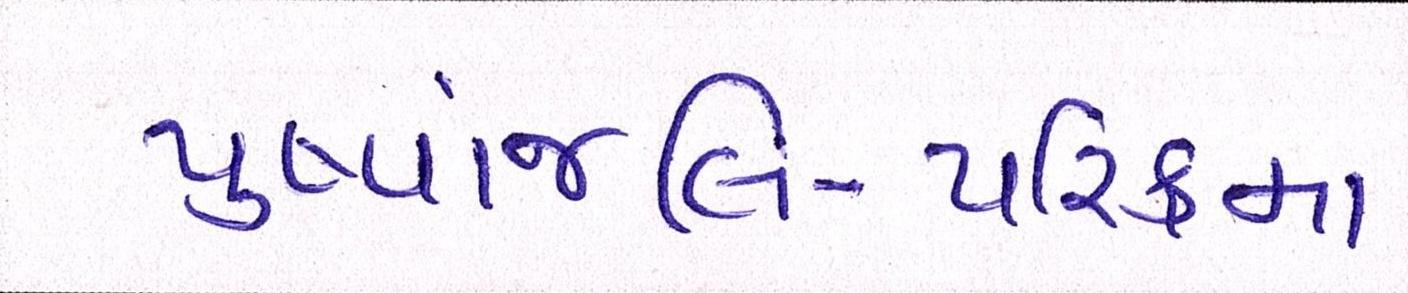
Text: પુષ્પાંજલિ-પરિક્રમા